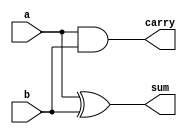
module HalfAdder (
    input wire a,
    input wire b,
    output wire sum,
    output wire carry
);
    assign sum = a ^ b;      // Sum is XOR of inputs
    assign carry = a & b;    // Carry is AND of inputs
endmodule